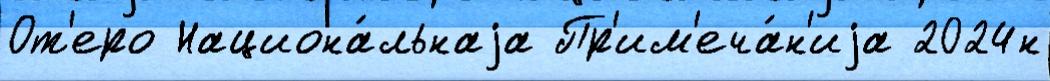
От'еро Национа́льнаjа Пр'им'еча́н'иjа 2024н